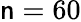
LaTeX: \mathsf{n}=60